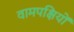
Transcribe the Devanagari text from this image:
वामपक्षियों